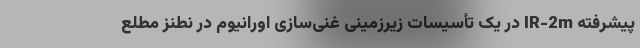
پیشرفته IR-2m در یک تأسیسات زیرزمینی غنی‌سازی اورانیوم در نطنز مطلع